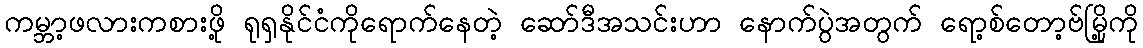
ကမ္ဘာ့ဖလားကစားဖို့ ရုရှနိုင်ငံကိုရောက်နေတဲ့ ဆော်ဒီအသင်းဟာ နောက်ပွဲအတွက် ရော့စ်တော့ဗ်မြို့ကို